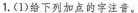
1.(1)给下列加点的字注音。